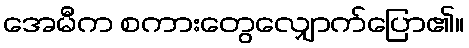
အေမီက စကားတွေလျှောက်ပြော၏။